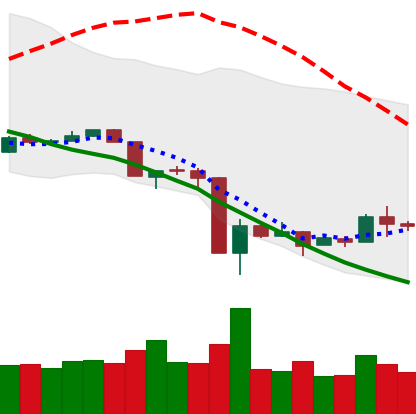
Ticker: XLM-USD
Chart end date: 2020-03-21
Forward return: 7.376%
Label: up_7plus